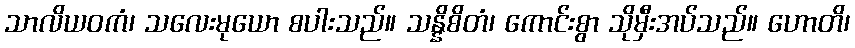
သာလိယဝကံ၊ သလေးမုယော စပါးသည်။ သန္နိစိတံ၊ ကောင်းစွာ သိုမှီးအပ်သည်။ ဟောတိ၊